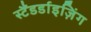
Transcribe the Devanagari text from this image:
स्टैंडर्डाइज़िंग